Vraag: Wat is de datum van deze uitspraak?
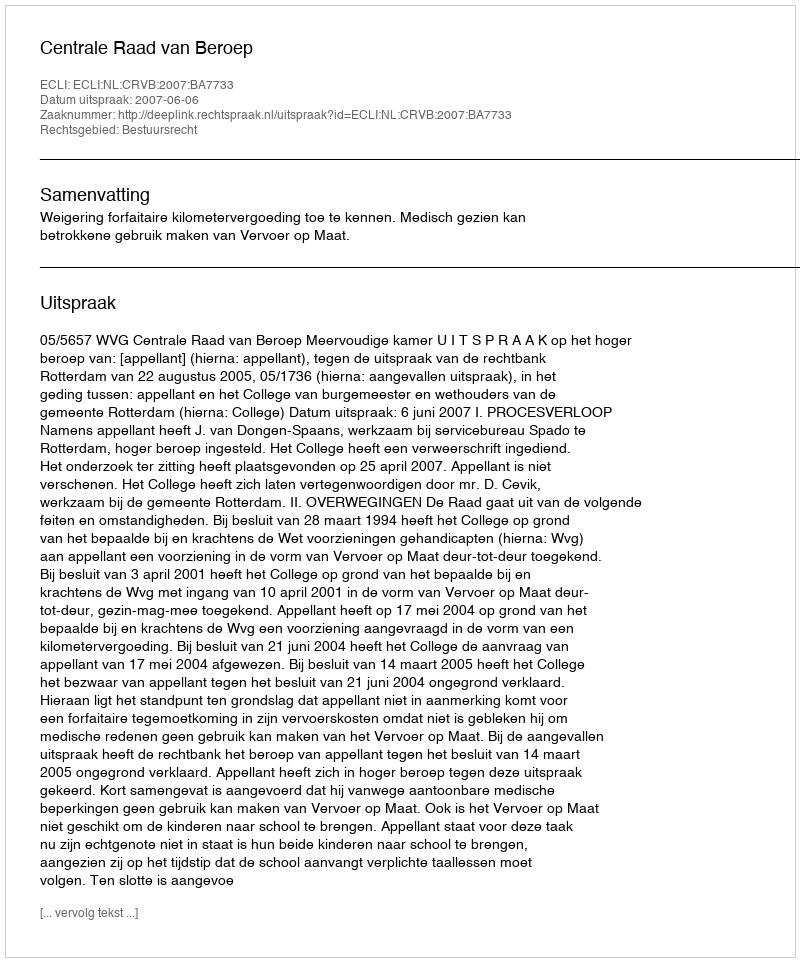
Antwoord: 2007-06-06